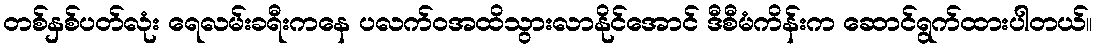
တစ်နှစ်ပတ်လုံး ရေလမ်းခရီးကနေ ပလက်ဝအထိသွားလာနိုင်အောင် ဒီစီမံကိန်းက ဆောင်ရွက်ထားပါတယ်။